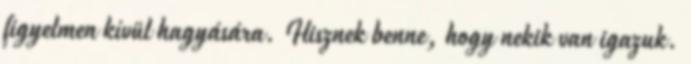
figyelmen kívül hagyására. Hisznek benne, hogy nekik van igazuk.